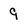
Character: 9